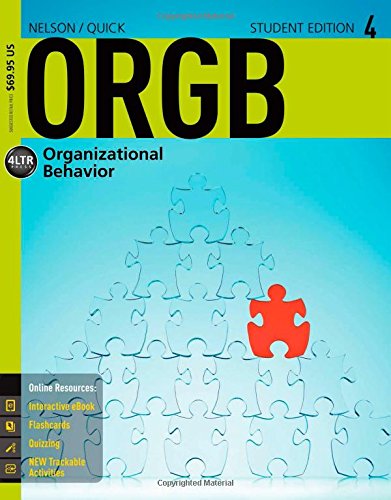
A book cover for ORGB 4 (with CourseMate Printed Access Card) (New, Engaging Titles from 4LTR Press); Debra L. Nelson; Business & Money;